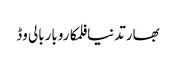
بھارتدنیافلمکاروباربالی وڈ